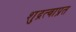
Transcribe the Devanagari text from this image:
शुद्रत्वाप्रत